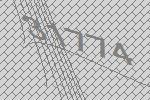
31774